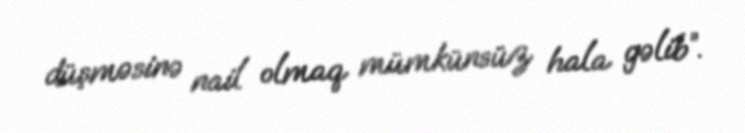
düşməsinə nail olmaq mümkünsüz hala gəlib”.